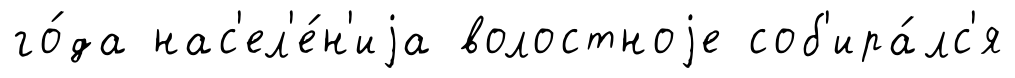
го́да нас'ел'е́н'иjа волостноjе соб'ира́лс'я